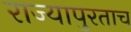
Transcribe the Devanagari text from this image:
राज्यापुरताच